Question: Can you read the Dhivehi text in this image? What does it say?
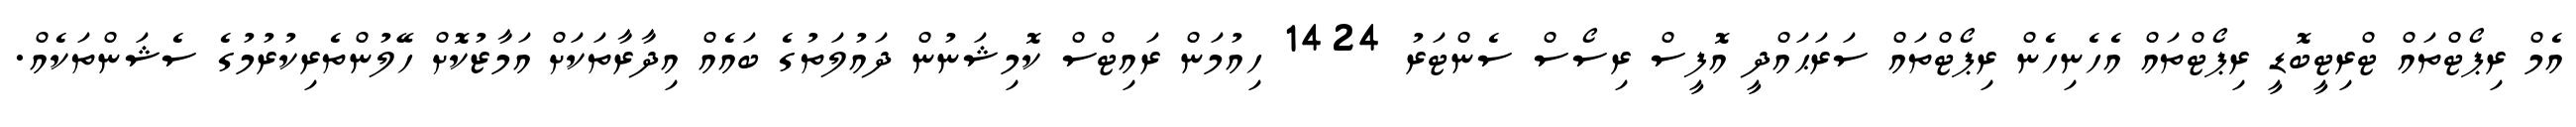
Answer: އެމް ރިޕޯޓްތައް ޓްރިޓީބޮޑީ ރިޕޯޓްތައް އެހެނިހެން ރިޕޯޓްތައް ސަރަޙައްދީ އޮފީސް ރިސޯސް ސެންޓަރު 1424 ހިއުމަން ރައިޓްސް ކޮމިޝަނުން ދައުލަތުގެ ބައެއް އިދާރާތަކަށް އަމާޒުކޮށް ހޭލުންތެރިކުރުމުގެ ސެޝަންތަކެއް.